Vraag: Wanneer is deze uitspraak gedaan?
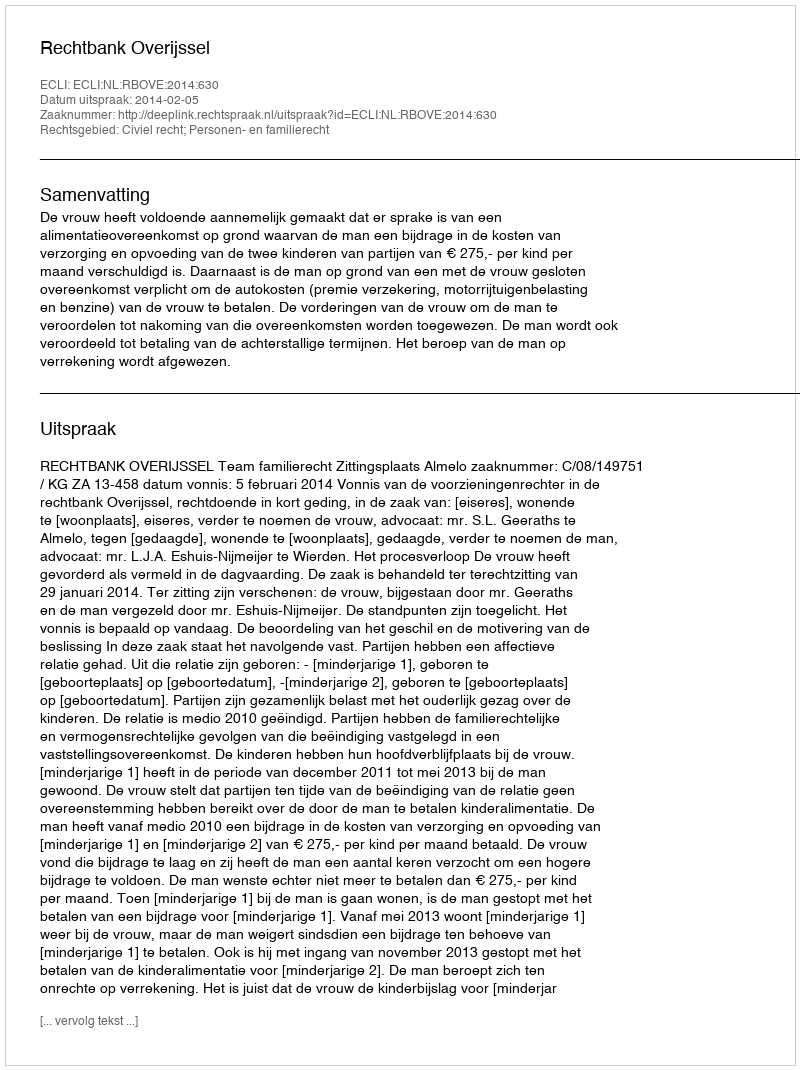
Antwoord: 2014-02-05